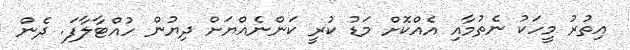
އިތުރު މީހަކު ނެތުމާއި އެއްކޮށް މަޑު ކުރީ ކަންނެއްޔަށް ދިޔުން ހުއްޓާލާފަ. ދެން